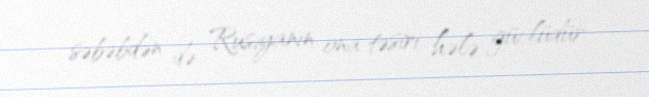
səbəbdən də Rusiyanın ona təsiri hələ güclüdür.